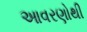
આવરણોથી